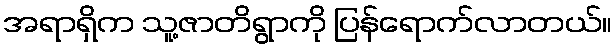
အရာရှိက သူ့ဇာတိရွာကို ပြန်ရောက်လာတယ်။